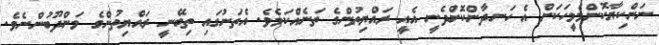
ނަންކިޔާކޮންމެމީހަކަށް އެ ހަނދާންކޮށްދެނީ އެއީ ރައްޔިތުންގެ ތަނެއްކަމެވެ. އެތަނުގައި ތިބޭނީ ރައްޔިތުންގެ މަންދޫބުންނެވެ.